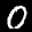
Label: 0